Vaccination in the Punjab 1897-1904 - 1897-1904
Year: 1897
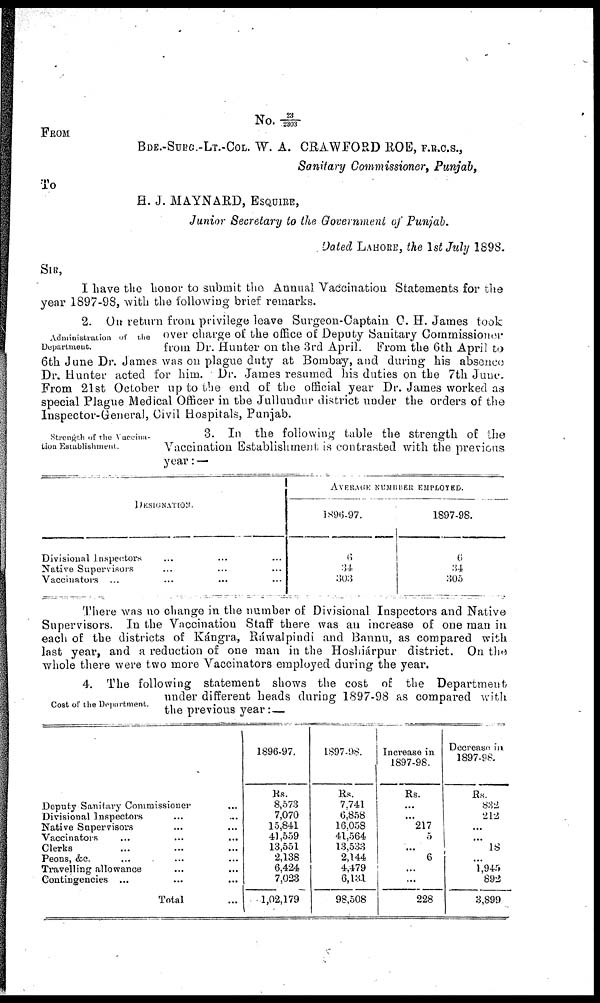
No. 23/2303
FROM
BDE.-SURG.-LT.-COL. W. A. CRAWFORD ROE, F,R.C.S.,
Sanitary Commissioner, Punjab,
To
H. J. MAYNARD, ESQUIRE,
Junior Secretary to the Government of Punjab.
Dated LAHORE, the 1st July 1898.
SIR,
I have the honor to submit the Annual Vaccination Statements for the
year 1897-98, with the following brief remarks.
Administration of the
Department.
2. On return from privilege leave Surgeon-Captain C. H. James took
over charge of the office of Deputy Sanitary Commissioner
from Dr. Hunter on the 3rd April. From the 6th April to
6th June Dr. James was on plague duty at Bombay, and during his absence
Dr. Hunter acted for him. Dr. James resumed his duties on the 7th June.
From 21st October up to the end of the official year Dr. James worked as
special Plague Medical Officer in the Jullundur district under the orders of the
Inspector-General, Civil Hospitals, Punjab.
Strength of the Vaccina¬
tion Establishment
3. In the following table the strength of the
Vaccination Establishment is contrasted with the previous
year: —
DESIGNATION
Divisional inspectors ... ... ...
Native Supervisors ... ... ...
Vaccinators ... ... ...
AVERAGE NUMBER
EMPLOYED.
1896-97.
6
34
303
1897-98.
6
34
305
There was no change in the number of Divisional Inspectors and Native
Supervisors. In the Vaccination Staff there was an increase of one man in
each of the districts of Kángra, Ráwalpindi and Bannu, as compared with
last year, and a reduction of one man in the Hoshiárpur district. On the
whole there were two more Vaccinators employed during the year.
Cost of the Department.
4. The following statement shows the cost of the Department
under different heads during 1897-98 as compared with
the previous year:—
Deputy Sanitary Commissioner ...
Divisional Inspectors ... ...
Native Supervisors ... ...
Vaccinators ... ... ...
Clerks ... ... ...
Peons, &c. ... ... ...
Travelling allowance ... ...
Contingencies ... ... ...
Total ...
1896-97.
Rs.
8,573
7,070
15,841
41,559
13,551
2,138
6,424
7,023
1,02,179
1897-98.
Rs.
7,741
6,858
16,058
41,564
13,533
2,144
4,479
6,131
98,508
Increase in
1897-98.
Rs.
...
...
217
5
...
6
...
...
228
Decrease in
1897-98.
Rs.
832
212
...
...
18
...
1,945
892
3,899